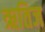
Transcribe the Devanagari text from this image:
ऋतिज